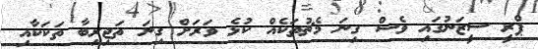
ޕްރީ ސީޒަނުގައި ވެސް ގިނަ މެޗުތަކެއް ކުޅެ ވަރަށް ގިނަ ތަޖިރިބާ ތަކަކާއި